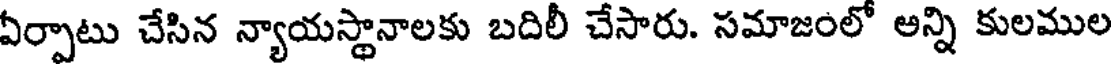
ఏర్పాటు చేసిన న్యాయస్థానాలకు బదిలీ చేసారు. సమాజంలో అన్ని కులముల